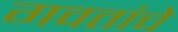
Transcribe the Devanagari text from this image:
गवतांचे